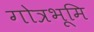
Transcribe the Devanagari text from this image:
गोत्रभूमि